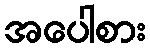
အပေါစား